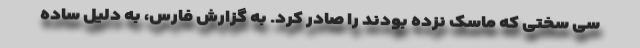
سی سختی که ماسک نزده بودند را صادر کرد. به گزارش فارس، به دلیل ساده